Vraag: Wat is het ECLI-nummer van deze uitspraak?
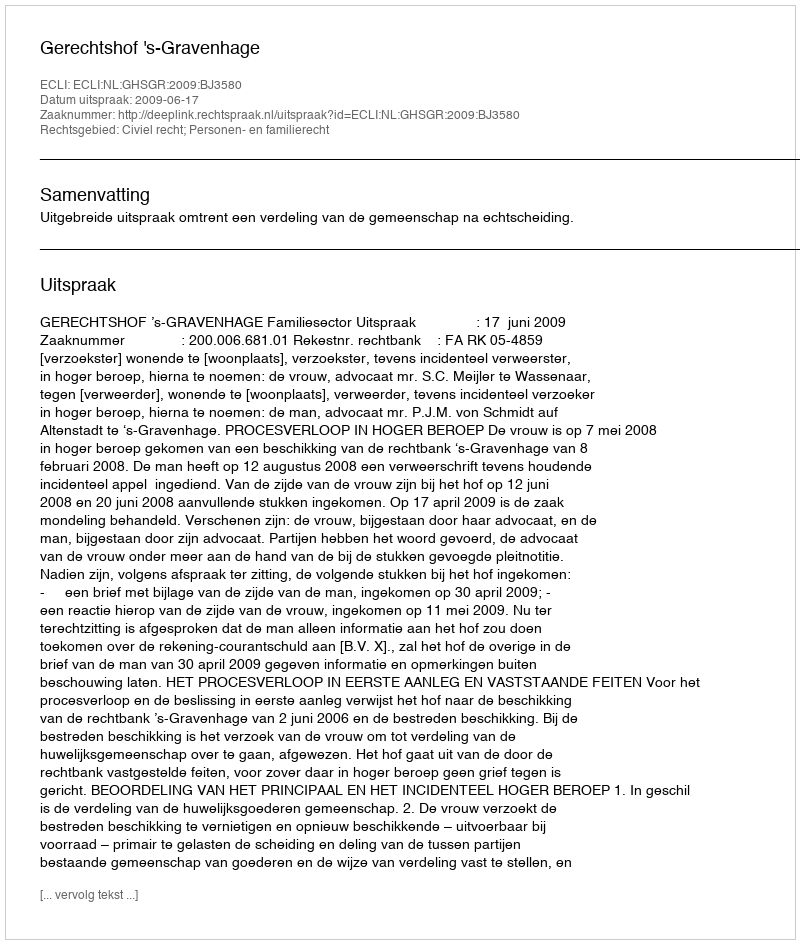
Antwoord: ECLI:NL:GHSGR:2009:BJ3580